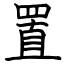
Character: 置